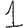
Digit: 1